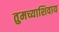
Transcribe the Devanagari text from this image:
तुमच्याशिवाय